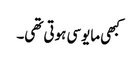
کبھی مایوسی ہوتی تھی۔